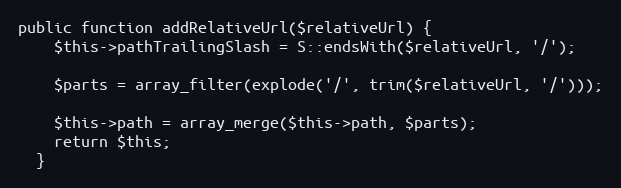
Language: PHP
public function addRelativeUrl($relativeUrl) {
    $this->pathTrailingSlash = S::endsWith($relativeUrl, '/');

    $parts = array_filter(explode('/', trim($relativeUrl, '/')));

    $this->path = array_merge($this->path, $parts);
    return $this;
  }